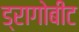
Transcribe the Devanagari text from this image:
ड्रागोबीट